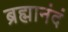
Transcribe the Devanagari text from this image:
ब्रह्मानंदं